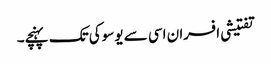
تفتیشی افسران اسی سے یوسوکی تک پہنچے۔